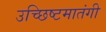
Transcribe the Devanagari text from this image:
उच्छिष्टमातंगी